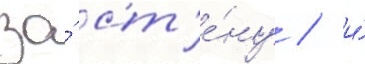
за́ ст'е́ну / и́